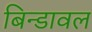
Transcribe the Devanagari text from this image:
बिन्डावल